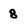
Character: 8